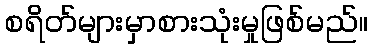
စရိတ်များမှာစားသုံးမှုဖြစ်မည်။